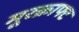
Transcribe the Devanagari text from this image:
मूरक्राफ्ट